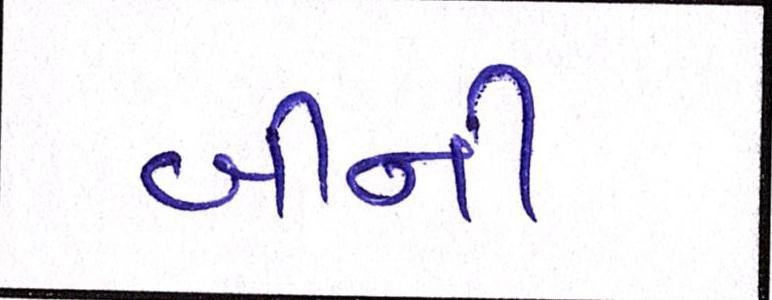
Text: બીની